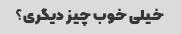
خیلی خوب چیز دیگری؟